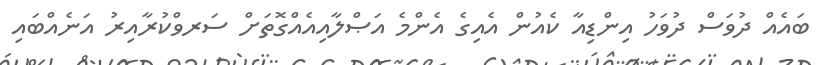
ބައެއް ދުވަސް ދުވަހު އިންޑިއާ ކެއުން އެއިގެ އެންމެ އަޞްލާއިއެއްގޮތަށް ސަރވްކުރާއިރު އަނެއްބައި